Eesti_Sojaveteranide_Soprusuhing, lk 2
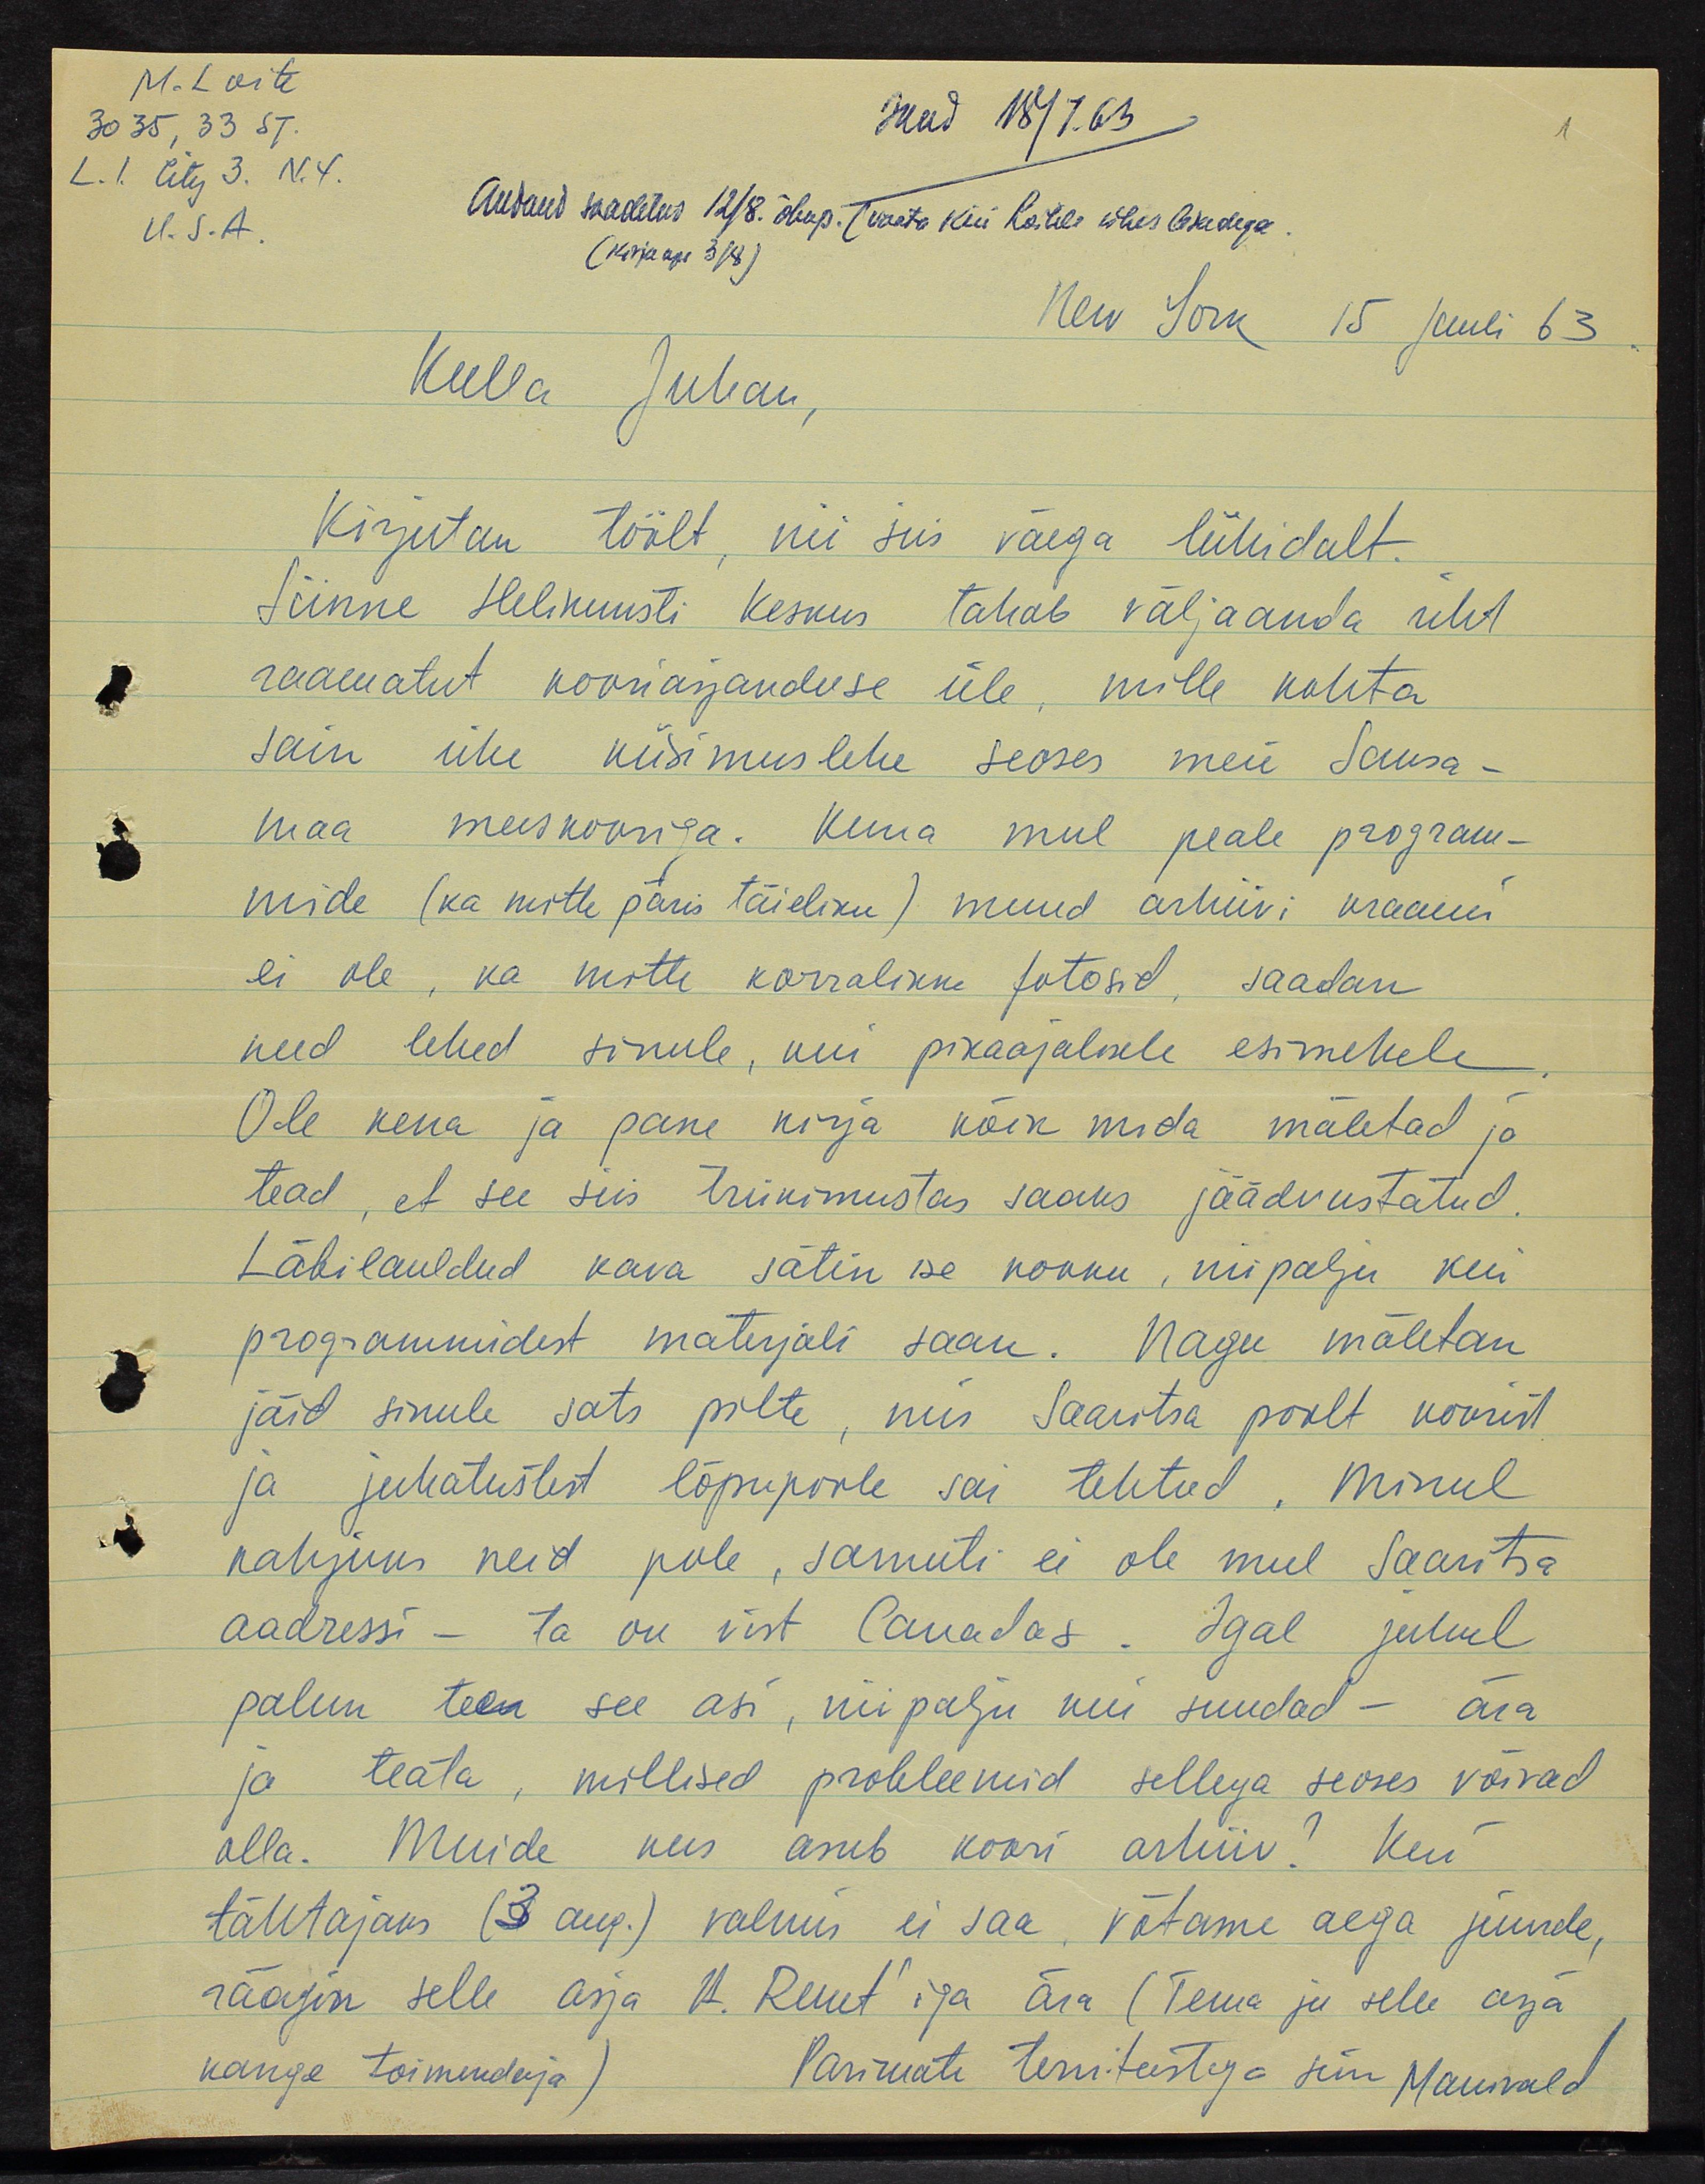
M. Loite
30 35, 33 ST.
saad 18/7. 63
L.I. City 3. N.Y.
U.S.A.
Audand saadetus 12/8 õhup. (vaata kui Kostile ühes Gradega.
(kirjaapi 3/4)
New York 15 juuli 63.
Kulla Juhan,
Kirjutan töölt, nii siis väega lühidalt.
Siinne Helikunsti keskus tahab väljaanda üht
raamatut kooriasjanduse üle, mille kohta
sain ühe küsimuslehe seoses meie Saksa-
maa meeskooriga. Kuna mul peale program-
mide (ka mitte päris täieliku) muud arhiivi kraami
ei ole, ka mitte korralikke fotosid, saadan
need lehed sinule, kui pikaajalisele esimehele.
Ole kena ja pane kirja kõik mida mäletad ja
tead, et see siis trükimustas saaks jäädvustatud.
Läbilauldud kava sätin ise kokku, nii palju kui
programmidest materjali saan. Nagu mäletan
jäid sinule sats pilte, mis Saaritsa poolt koorist
ja juhatusest lõpupoole sai tehtud. Minul
kahjuks neid pole, samuti ei ole mul Saaritsa
aadressi - ta on vist Canadas. Igal juhul
palun teen see asi, nii palju nii suudud - ära
ja teata, millised probleemid sellega seoses võivad
olla. Muide kus asub koori arhiiiv? Kui
tähtajaks (3 aug.) valmis ei saa, võtame aega juurde,
räägin selle asja H. Ruutiga ära (Tema ju selge asja
kange toimendaja) Parimate tervitustega sinu Manivald